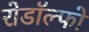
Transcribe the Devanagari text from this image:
रोडॉल्फो